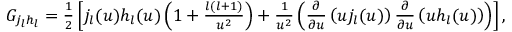
\begin{array} { r } { G _ { j _ { l } h _ { l } } = \frac { 1 } { 2 } \left[ j _ { l } ( u ) h _ { l } ( u ) \left( 1 + \frac { l ( l + 1 ) } { u ^ { 2 } } \right) + \frac { 1 } { u ^ { 2 } } \left( \frac { \partial } { \partial u } \left( u j _ { l } ( u ) \right) \frac { \partial } { \partial u } \left( u h _ { l } ( u ) \right) \right) \right] , } \end{array}